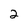
Character: 2